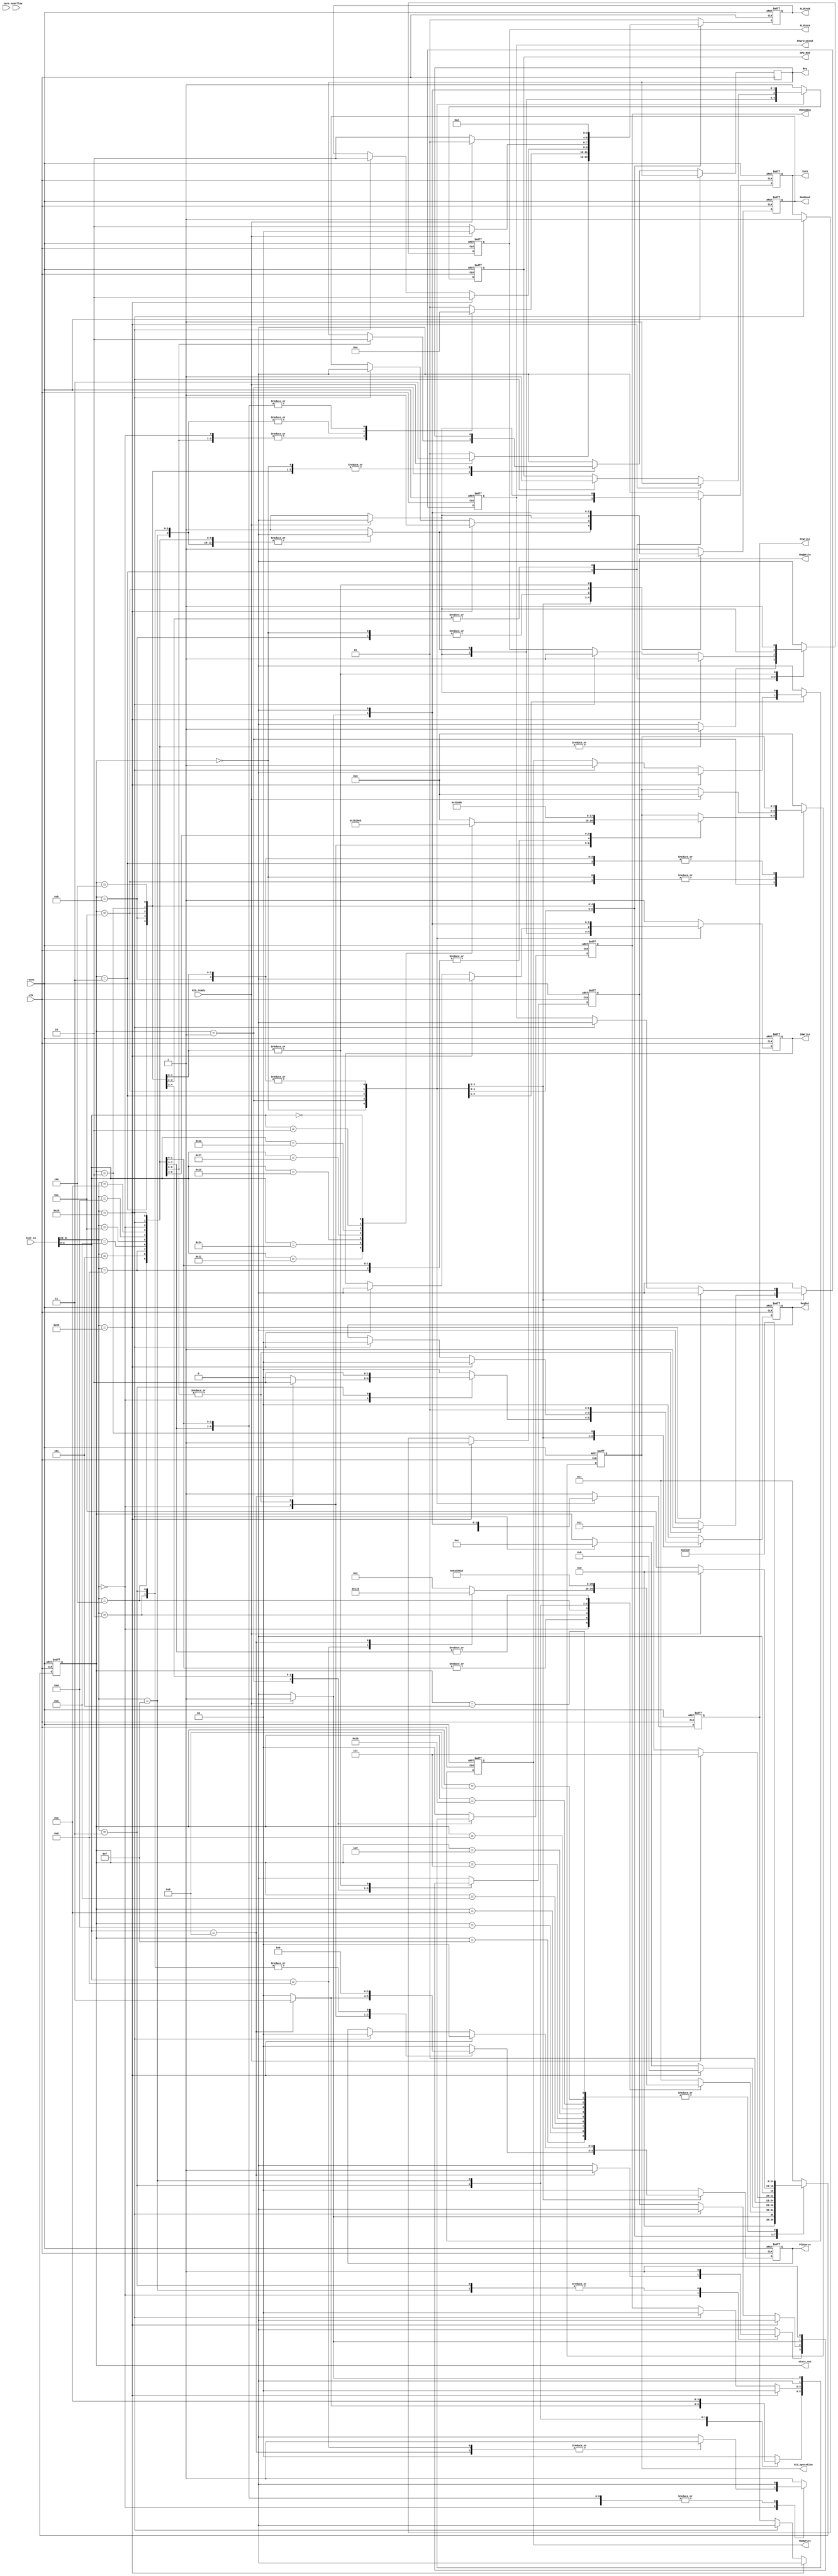
`timescale 1ns / 1ps
//////////////////////////////////////////////////////////////////////////////////
// Company:
// Engineer:
//
// Design Name:
// Module Name: ctrl
// Project Name:
// Target Devices:
// Tool versions:
// Description:
//
// Dependencies:
//
// Revision:
// Revision 0.01 - File Created
// Additional Comments:
//
//////////////////////////////////////////////////////////////////////////////////
module ctrl(clk,
	reset,
	Inst_in,
	zero,
	overflow,
	MIO_ready,
	MemRead,
	MemWrite,
	ALU_operation,
	state_out,

	CPU_MIO,
	IorD,
	IRWrite,
	RegDst,
	RegWrite,
	MemtoReg,
	ALUSrcA,
	ALUSrcB,
	PCSource,
	PCWrite,
	PCWriteCond,
	Beq
	);

input clk,reset;
input zero,overflow,MIO_ready;
input [31:0] Inst_in;
output [2:0] ALU_operation;
output CPU_MIO,MemRead,MemWrite,IorD,IRWrite,RegWrite,ALUSrcA,PCWrite,PCWriteCond,Beq;
output [4:0] state_out;
output [1:0] RegDst,MemtoReg,ALUSrcB,PCSource;

wire [4:0] state_out;
wire reset,MIO_ready;
reg CPU_MIO,MemRead,MemWrite,IorD,IRWrite,RegWrite,ALUSrcA,PCWrite,PCWriteCond,Beq;
reg [1:0] RegDst,MemtoReg,ALUSrcB,PCSource;
reg [2:0] ALU_operation;
reg [4:0] state;

parameter IF = 5'b00000, ID=5'b00001, EX_R= 5'b00010, EX_Mem=5'b00011, EX_I=5'b00100,
	Lui_WB=5'b00101, EX_beq=5'b00110, EX_bne= 5'b00111, EX_jr= 5'b01000, EX_JAL=5'b01001,
	Exe_J = 5'b01010, MEM_RD=5'b01011, MEM_WD= 5'b01100, WB_R= 5'b01101, WB_I=5'b01110,
	WB_LW=5'b01111, Error=11111, EX_jalr=5'b10000;
parameter AND=3'b000, OR=3'b001, ADD=3'b010, SUB=3'b110, NOR=3'b100, SLT=3'b111, XOR=3'b011, SRL=3'b101;

`define CPU_ctrl_signals {PCWrite,PCWriteCond,IorD,MemRead,MemWrite,IRWrite,MemtoReg,PCSource,ALUSrcB,ALUSrcA,RegWrite,RegDst, CPU_MIO}
//
assign state_out=state;

always @ (posedge clk or posedge reset)
if (reset==1) begin
	`CPU_ctrl_signals<=17'h12821; //12821
	ALU_operation<=ADD;
	state <= IF;
end
else
case (state)
	IF: begin
		if(MIO_ready)begin
			`CPU_ctrl_signals<=17'h00060;
			ALU_operation<=ADD;
			state <= ID;
		end
		else begin
			state <=IF;
			`CPU_ctrl_signals<=17'h12821;   //pc+4 read in instruction
		end
	end

	ID: begin

		case (Inst_in[31:26])
			6'b000000:begin //R-type OP
				`CPU_ctrl_signals<=17'h00010;
				state <= EX_R;
				case (Inst_in[5:0])
					6'b100000: ALU_operation<=ADD;
					6'b100010: ALU_operation<=SUB;
					6'b100100: ALU_operation<=AND;
					6'b100101: ALU_operation<=OR;
					6'b100111: ALU_operation<=NOR;
					6'b101010: ALU_operation<=SLT;
					6'b000010: ALU_operation<=SRL; //shfit 1bit right
					6'b000000: ALU_operation<=XOR;
					6'b001000: begin
						`CPU_ctrl_signals<=17'h10010;
						ALU_operation<=ADD; state <= EX_jr; end
					6'b001001: begin
						`CPU_ctrl_signals<=17'h1079c;
						ALU_operation<=ADD; state <= EX_jalr; end  //$rs->pc pc+4->$rd
					default: ALU_operation <= ADD;
				endcase
			end

			6'b100011:begin //Lw
				`CPU_ctrl_signals<=17'h00050;
				ALU_operation<=ADD;
				state <= EX_Mem;
			end

			6'b101011:begin //Sw
				`CPU_ctrl_signals<=17'h00050;
				ALU_operation<=ADD;
				state <= EX_Mem;
			end

			6'b000010:begin //Jump
				`CPU_ctrl_signals<=17'h10160;
				state <= Exe_J;
			end

			6'b000100:begin //Beq
				`CPU_ctrl_signals<=17'h08090; Beq<=1;
				ALU_operation<= SUB; state <= EX_beq; end

			6'b000101:begin //Bne
				`CPU_ctrl_signals<=17'h08090; Beq<=0;
				ALU_operation<= SUB; state <= EX_bne; end

			6'b000011:begin //Jal
				`CPU_ctrl_signals<=17'h1076c;
				state <= EX_JAL;
			end

			6'b001000:begin //Addi
				`CPU_ctrl_signals<=17'h00050;
				ALU_operation <= ADD;
				state <= EX_I;
			end

			6'b001010:begin //Slti
				`CPU_ctrl_signals<=17'h00050;
				ALU_operation <= SLT;
				state <= EX_I;
			end

			6'b001111:begin //Lui
				`CPU_ctrl_signals<=17'h00468;
				state <= Lui_WB;
			end
//andi ori xori jalr
			6'b001100:begin //Andi
				`CPU_ctrl_signals<=17'h00050;
				ALU_operation <= AND;
				state <= EX_I;
			end

			6'b001101:begin //Ori
				`CPU_ctrl_signals<=17'h00050;
				ALU_operation <= OR;
				state <= EX_I;
			end
			
			6'b001110:begin //Xori
				`CPU_ctrl_signals<=17'h00050;
				ALU_operation <= XOR;
				state <= EX_I;
			end
			
			default: begin
				`CPU_ctrl_signals<=17'h12821;
				state <= Error;
			end

		endcase
	end //end ID

	EX_Mem:begin
		if(Inst_in[31:26]==6'b100011)begin
			`CPU_ctrl_signals<=17'h06051; state <= MEM_RD; end
		else if(Inst_in[31:26]==6'b101011)begin
			`CPU_ctrl_signals<=17'h05051; state <= MEM_WD; end
	end

	MEM_RD:begin
		if(MIO_ready)begin
			`CPU_ctrl_signals<=17'h00208; state <= WB_LW; end
		else begin
			state <=MEM_RD; `CPU_ctrl_signals<=17'h06050; end
	end

	MEM_WD:begin
		if(MIO_ready)begin
			`CPU_ctrl_signals<=17'h12821;
			ALU_operation<=ADD; state <= IF; end
		else begin
			state <=MEM_WD; `CPU_ctrl_signals<=17'h05050; end
	end

	WB_LW:begin
		`CPU_ctrl_signals<=17'h12821;
		ALU_operation<=ADD; state <=IF; end

	EX_R:begin
		`CPU_ctrl_signals<=17'h0001a; state <= WB_R; end
		
	EX_I:begin
		`CPU_ctrl_signals<=17'h00058; state <= WB_I; end

	WB_R:begin
		`CPU_ctrl_signals<=17'h12821;
		ALU_operation<=ADD; state <= IF; end

	WB_I:begin
		`CPU_ctrl_signals<=17'h12821;
		ALU_operation<=ADD; state <= IF; end

	Exe_J:begin
		`CPU_ctrl_signals<=17'h12821;
		ALU_operation<=ADD; state <= IF; end

	EX_bne:begin
		`CPU_ctrl_signals<=17'h12821;
		ALU_operation<=ADD; state <= IF; end

	EX_beq:begin
		`CPU_ctrl_signals<=17'h12821;
		ALU_operation<=ADD; state <= IF; end

	EX_jr:begin
		`CPU_ctrl_signals<=17'h12821;
		ALU_operation<=ADD; state <= IF; end
		
	EX_jalr:begin
		`CPU_ctrl_signals<=17'h12821;
		ALU_operation<=ADD; state <= IF; end

	EX_JAL:begin
		`CPU_ctrl_signals<=17'h12821;
		ALU_operation<=ADD; state <= IF; end

	Lui_WB:begin
		`CPU_ctrl_signals<=17'h12821;
		ALU_operation<=ADD; state <= IF; end

	Error: state <= Error;

	default: begin
		`CPU_ctrl_signals<=17'h12821; Beq<=0;
		ALU_operation<=ADD; state <= Error; end
endcase
endmodule